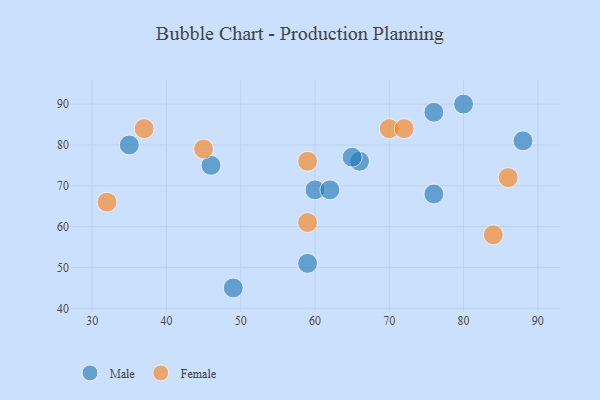
{"axis": {"x": "GDP", "y": "Life Expectancy"}, "legend": ["Female", "Male"], "data": [{"x": "46", "y": 75, "type": "Male"}, {"x": "59", "y": 51, "type": "Male"}, {"x": "66", "y": 76, "type": "Male"}, {"x": "60", "y": 69, "type": "Male"}, {"x": "65", "y": 77, "type": "Male"}, {"x": "49", "y": 45, "type": "Male"}, {"x": "76", "y": 68, "type": "Male"}, {"x": "76", "y": 88, "type": "Male"}, {"x": "35", "y": 80, "type": "Male"}, {"x": "88", "y": 81, "type": "Male"}, {"x": "62", "y": 69, "type": "Male"}, {"x": "80", "y": 90, "type": "Male"}, {"x": "32", "y": 66, "type": "Female"}, {"x": "59", "y": 76, "type": "Female"}, {"x": "70", "y": 84, "type": "Female"}, {"x": "86", "y": 72, "type": "Female"}, {"x": "84", "y": 58, "type": "Female"}, {"x": "59", "y": 61, "type": "Female"}, {"x": "37", "y": 84, "type": "Female"}, {"x": "45", "y": 79, "type": "Female"}, {"x": "72", "y": 84, "type": "Female"}]}